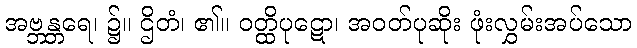
အဗ္ဘန္တရေ၊ ၌။ ဌိတံ၊ ၏။ ဝတ္ထိပုဋော၊ အဝတ်ပုဆိုး ဖုံးလွှမ်းအပ်သော